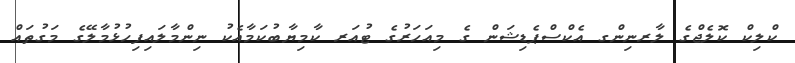
ކްލިކް ކޮލެޖްގެ ލާރނިންގ އެކްސްޕެޑިޝަން ގެ މިއަހަރުގެ ޓުއަރ ކާމިޔާބުކަމާއެކު ނިންމާލައިފިހުޅުމާލޭގެ މަގުތައް